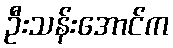
ဦးသန်းအောင်က